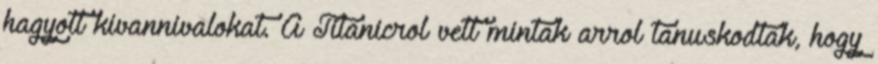
hagyott kivannivalokat. A Titanicrol vett mintak arrol tanuskodtak, hogy